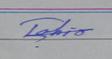
Signature authenticity: genuine